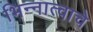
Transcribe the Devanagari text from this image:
भिन्नात्वाचे